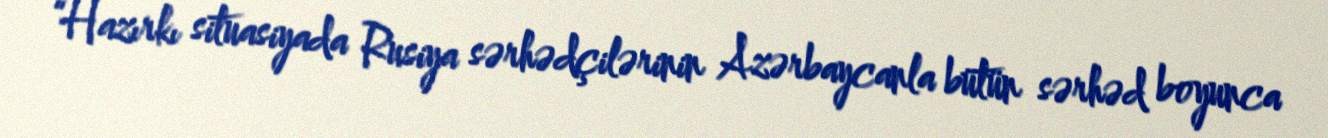
“Hazırkı situasiyada Rusiya sərhədçilərinin Azərbaycanla bütün sərhəd boyunca